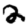
Digit: 2